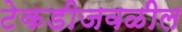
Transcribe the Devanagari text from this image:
टेकडीजवळील